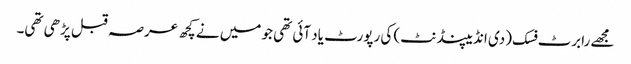
مجھے رابرٹ فسک (دی انڈیپنڈنٹ) کی رپورٹ یاد آئی تھی جو میں نے کچھ عرصہ قبل پڑھی تھی۔